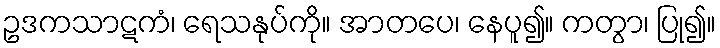
ဥဒကသာဋကံ၊ ရေသနုပ်ကို။ အာတပေ၊ နေပူ၍။ ကတွာ၊ ပြု၍။